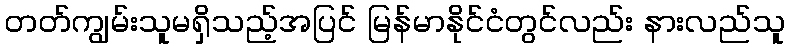
တတ်ကျွမ်းသူမရှိသည့်အပြင် မြန်မာနိုင်ငံတွင်လည်း နားလည်သူ